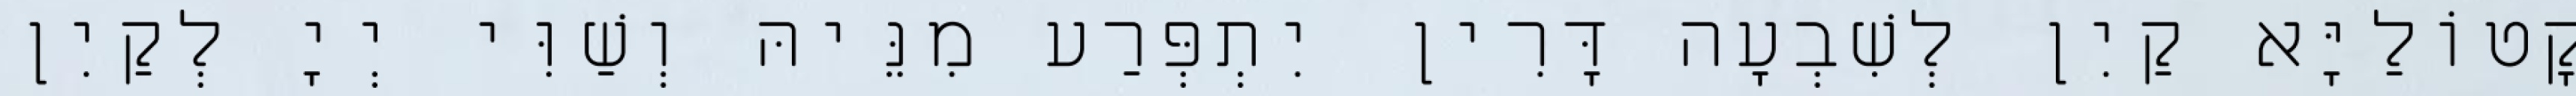
קָטוֹלַיָּא קַיִן לְשִׁבְעָה דָּרִין יִתְפְּרַע מִנֵּיהּ וְשַׁוִּי יְיָ לְקַיִן